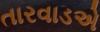
તારવાડએ